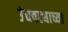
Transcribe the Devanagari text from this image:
उंचवट्याच्या